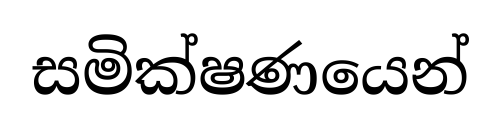
සමික්ෂණයෙන්